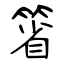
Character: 箵